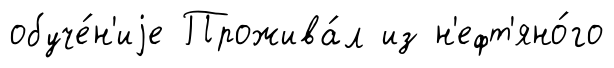
обуче́н'иjе Прожива́л из н'ефт'яно́го